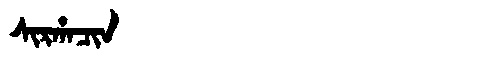
Manchu: ᠰᡳᡵᡥᠠᠴᡳᠨ
Romanization: SIRHACIN